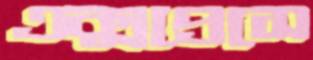
এক্সপ্রেসে